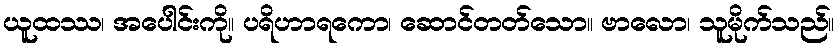
ယူထဿ၊ အပေါင်းကို။ ပရိဟာရကော၊ ဆောင်တတ်သော။ ဗာလော၊ သူမိုက်သည်။